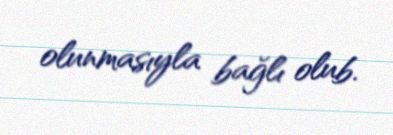
olunmasıyla bağlı olub.